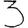
Digit: 3